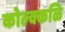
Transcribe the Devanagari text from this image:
कोल्क्कळि